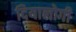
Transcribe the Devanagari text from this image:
दियालोगी